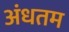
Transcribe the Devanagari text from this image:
अंधतम